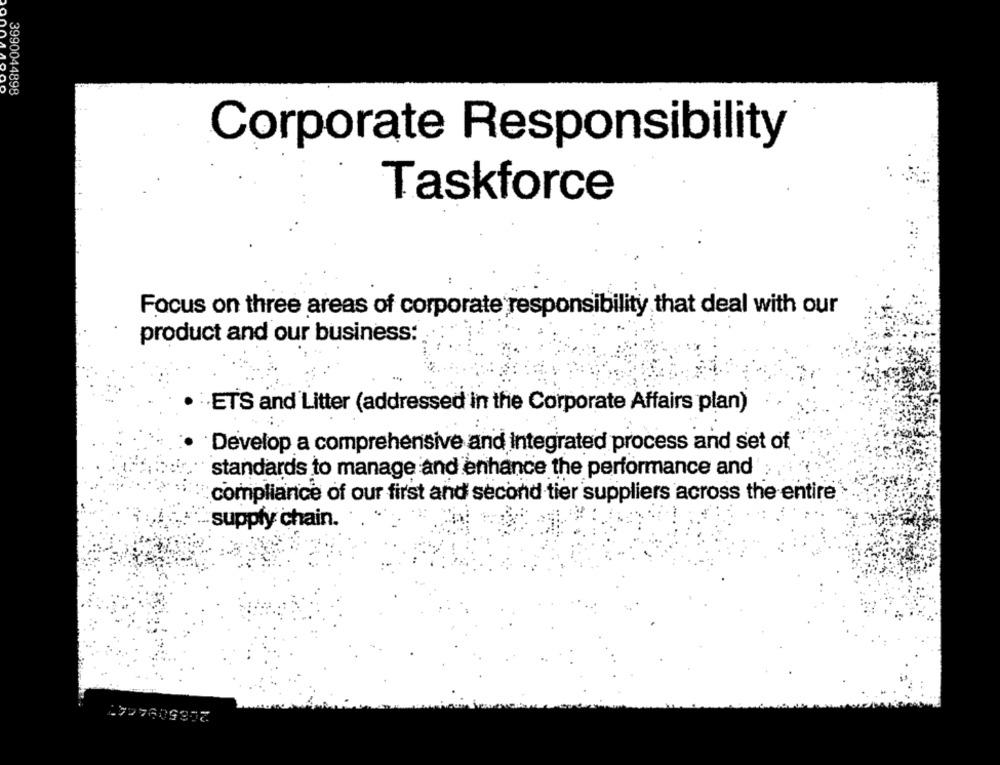
QDOVYOU
3990044898
Corporate Responsibility
Taskforce
Focus on three areas of corporate responsibility that deal with our
product and our business:
:ETS and Litter (addressed in the Corporate Affairs plan)
Develop a comprehensive and integrated process and set of
standards to manage and enhance the performance and
compliance of our first and second tier suppliers across the entire
supply chain.